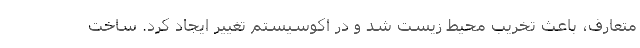
متعارف، باعث تخریب محیط زیست شد و در اکوسیستم تغییر ایجاد کرد. ساخت